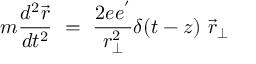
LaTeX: m { \frac { d ^ { 2 } \vec { r } } { d t ^ { 2 } } } ~ = ~ { \frac { 2 e e ^ { ' } } { r _ { \perp } ^ { 2 } } } \delta ( t - z ) { } ~ { \vec { r } } _ { \perp }